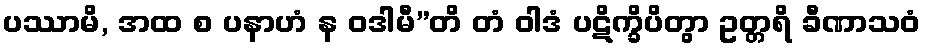
ပဿာမိ, အထ စ ပနာဟံ န ဝဒါမီ”တိ တံ ဝါဒံ ပဋိက္ခိပိတွာ ဥတ္တရိ ခီဏာသဝံ